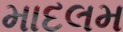
માદલમ